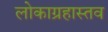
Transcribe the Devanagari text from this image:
लोकाग्रहास्तव